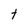
Character: t